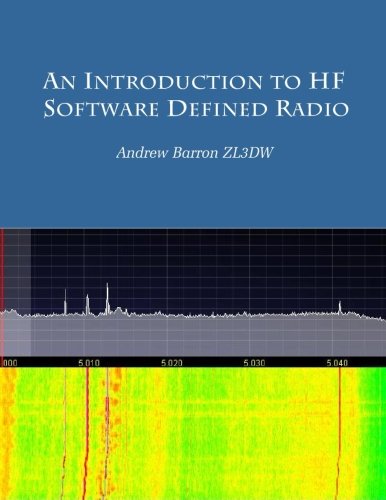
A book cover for An introduction to HF Software Defined Radio: SDR for Amateur Radio Operators; Andrew Barron ZL3DW; Crafts, Hobbies & Home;